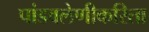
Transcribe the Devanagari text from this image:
पांडवलेणीकरिता